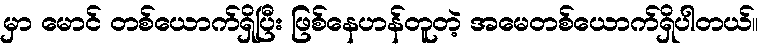
မှာ မောင် တစ်ယောက်ရှိပြီး ဖြစ်နေဟန်တူတဲ့ အမေတစ်ယောက်ရှိပါတယ်။